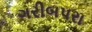
ગરીબપરા